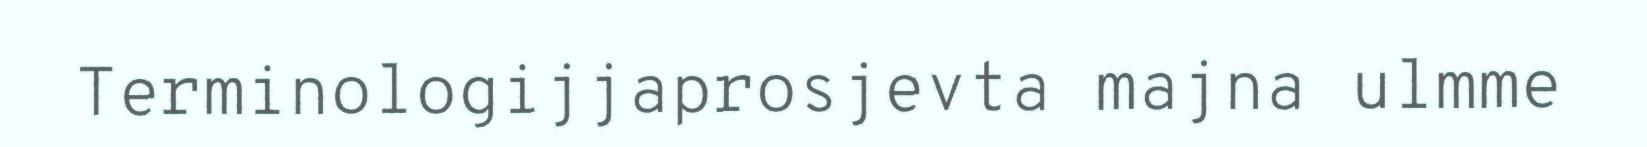
Terminologijjaprosjevta majna ulmme